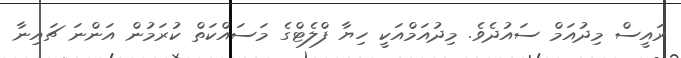
ރައީސް މިދުއަމް ސައުދެވެ. މިދުއަމްއަކީ ހިޔާ ފްލެޓްގެ މަސައްކަތް ކުރަމުން އަންނަ ޗައިނާ